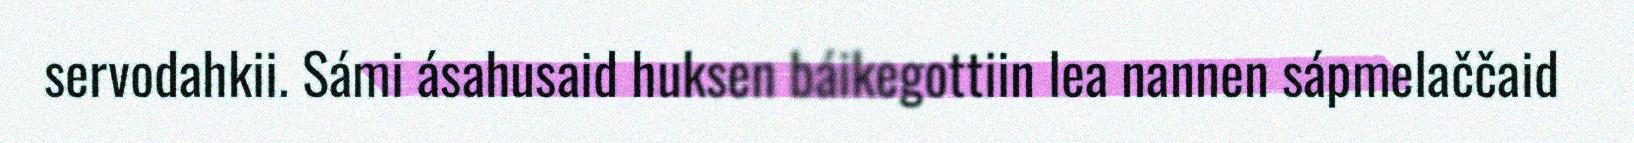
servodahkii. Sámi ásahusaid huksen báikegottiin lea nannen sápmelaččaid